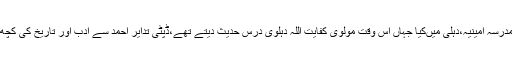
دورئہ حدیث مدرسہ امینیہ،دہلی میںکیا جہاں اس وقت مولوی کفایت اللہ دہلوی درس حدیث دیتے تھے،ڈپٹی تدایر احمد سے ادب اور تاریخ کی کچھ کتابیں پڑھیں۔